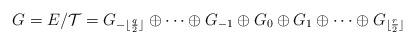
LaTeX: \begin{align*}G= E /{\mathcal T} = G_{-{\lfloor \frac q2\rfloor}}\oplus \cdots \oplus G_{-1} \oplus G_0\oplus G_1\oplus\cdots \oplus G_{\lfloor \frac r2 \rfloor}\end{align*}